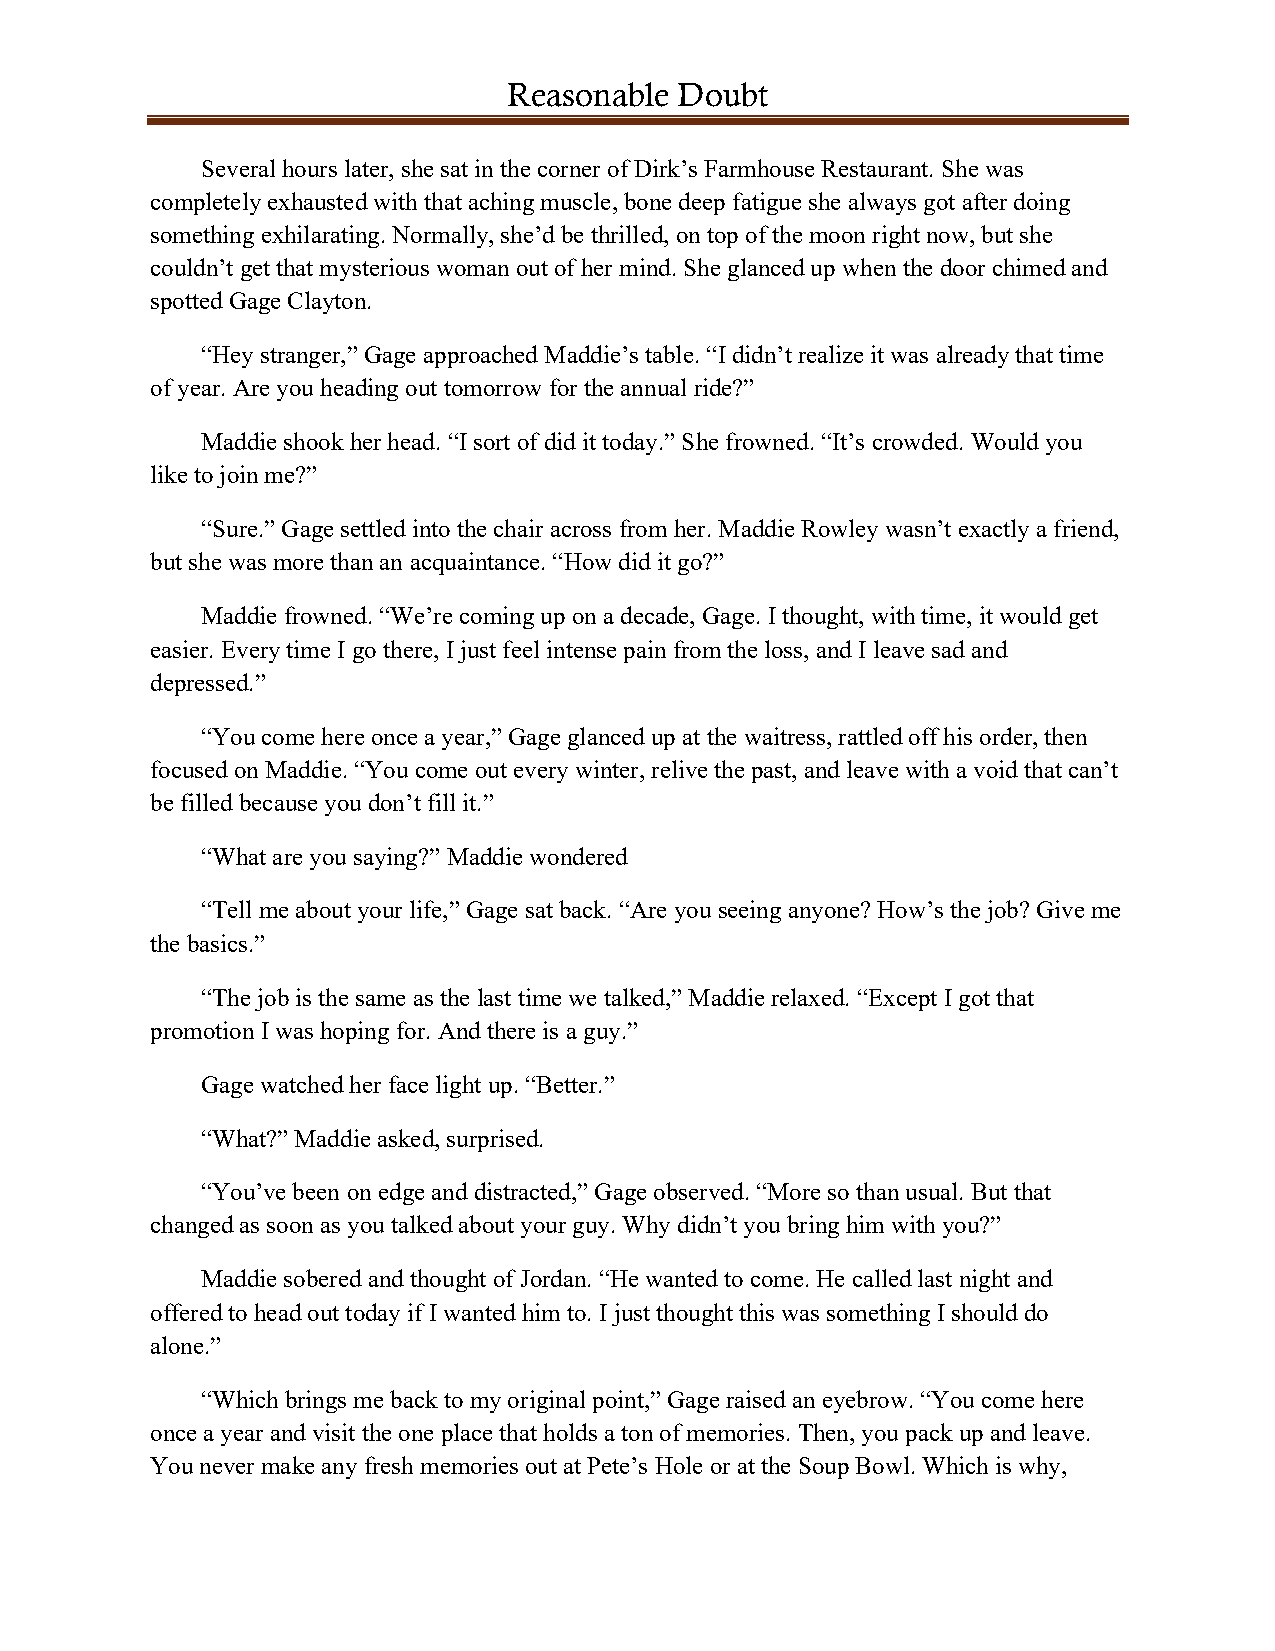
Reasonable Doubt
 Several hours later, she sat in the corner of Dirk’s Farmhouse Restaurant. She was
 completely exhausted with that aching muscle, bone deep fatigue she always got after doing
 something exhilarating. Normally, she’d be thrilled, on top of the moon right now, but she
 couldn’t get that mysterious woman out of her mind. She glanced up when the door chimed and
 spotted Gage Clayton.
 “Hey stranger,” Gage approached Maddie’s table. “I didn’t realize it was already that time
 of year. Are you heading out tomorrow for the annual ride?”
 Maddie shook her head. “I sort of did it today.” She frowned. “It’s crowded. Would you
 like to join me?”
 “Sure.” Gage settled into the chair across from her. Maddie Rowley wasn’t exactly a friend,
 but she was more than an acquaintance. “How did it go?”
 Maddie frowned. “We’re coming up on a decade, Gage. I thought, with time, it would get
 easier. Every time I go there, I just feel intense pain from the loss, and I leave sad and
 depressed.”
 “You come here once a year,” Gage glanced up at the waitress, rattled off his order, then
 focused on Maddie. “You come out every winter, relive the past, and leave with a void that can’t
 be filled because you don’t fill it.”
 “What are you saying?” Maddie wondered
 “Tell me about your life,” Gage sat back. “Are you seeing anyone? How’s the job? Give me
 the basics.”
 “The job is the same as the last time we talked,” Maddie relaxed. “Except I got that
 promotion I was hoping for. And there is a guy.”
 Gage watched her face light up. “Better.”
 “What?” Maddie asked, surprised.
 “You’ve been on edge and distracted,” Gage observed. “More so than usual. But that
 changed as soon as you talked about your guy. Why didn’t you bring him with you?”
 Maddie sobered and thought of Jordan. “He wanted to come. He called last night and
 offered to head out today if I wanted him to. I just thought this was something I should do
 alone.”
 “Which brings me back to my original point,” Gage raised an eyebrow. “You come here
 once a year and visit the one place that holds a ton of memories. Then, you pack up and leave.
 You never make any fresh memories out at Pete’s Hole or at the Soup Bowl. Which is why,